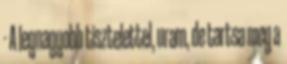
- A legnagyobb tisztelettel, uram, de tartsa meg a